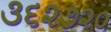
૩૬૨૭૨૦